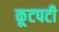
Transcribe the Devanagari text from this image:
कूटपटी